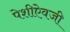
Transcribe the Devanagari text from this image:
पेशीऐवजी